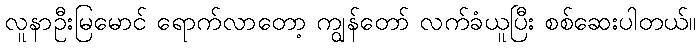
လူနာဦးမြမောင် ရောက်လာတော့ ကျွန်တော် လက်ခံယူပြီး စစ်ဆေးပါတယ်။